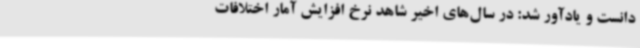
دانست و یادآور شد: در سال‌های اخیر شاهد نرخ افزایش آمار اختلافات